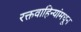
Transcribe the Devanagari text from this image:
रक्तवाहिन्यांमधून